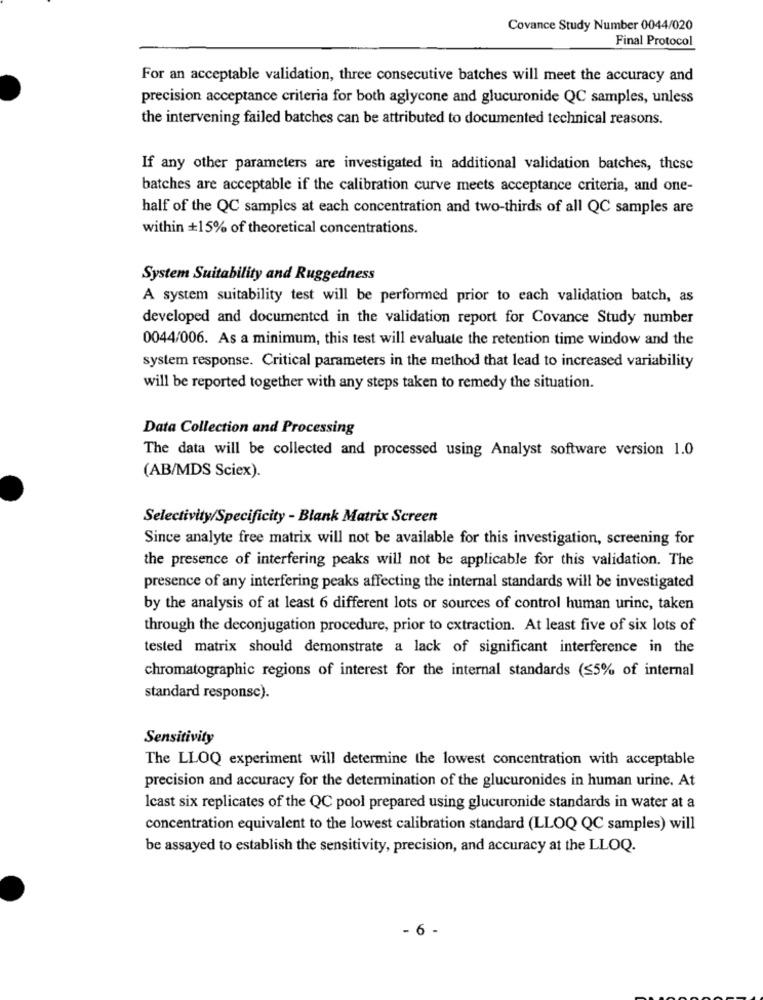
Covance Study Number 0044/020
Final Protocol
For an acceptable validation, three consecutive batches will meet the accuracy and
precision acceptance criteria for both aglycone and glucuronide QC samples, unless
the intervening failed batches can be attributed to documented technical reasons.
If any other parameters are investigated in additional validation batches, these
batches are acceptable if the calibration curve meets acceptance criteria, and one-
half of the QC samples at each concentration and two-thirds of all QC samples are
within +15% of theoretical concentrations.
System Suitability and Ruggedness
A system suitability test will be performed prior to each validation batch, as
developed and documented in the validation report for Covance Study number
0044/006. As a minimum, this test will evaluate the retention time window and the
system response. Critical parameters in the method that lead to increased variability
will be reported together with any steps taken to remedy the situation.
Data Collection and Processing
The data will be collected and processed using Analyst software version 1.0
(AB/MDS Sciex).
Selectivity/Specificity - Blank Matrix Screen
Since analyte free matrix will not be available for this investigation, screening for
the presence of interfering peaks will not be applicable for this validation. The
presence of any interfering peaks affecting the internal standards will be investigated
by the analysis of at least 6 different lots or sources of control human urinc, taken
through the deconjugation procedure, prior to cxtraction. At least five of six lots of
tested matrix should demonstrate a lack of significant interference in the
chromatographic regions of interest for the internal standards ($5% of internal
standard response).
Sensitivity
The LLOQ experiment will determine the lowest concentration with acceptable
precision and accuracy for the determination of the glucuronides in human urine. At
Icast six replicates of the QC pool prepared using glucuronide standards in water at a
concentration equivalent to the lowest calibration standard (LLOQ QC samples) will
be assayed to establish the sensitivity, precision, and accuracy at the LLOQ.
- 6 -